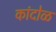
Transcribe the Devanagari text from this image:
कांदोळ